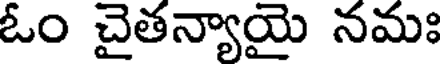
ఓం చైతన్యాయై నమః